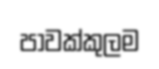
පාවක්කුලම